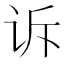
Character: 诉